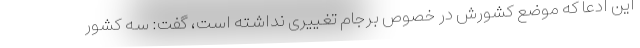
این ادعا که موضع کشورش در خصوص برجام تغییری نداشته است، گفت: سه کشور